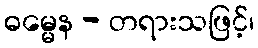
ဓမ္မေန - တရားသဖြင့်၊